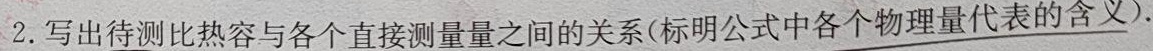
2. 写出待测比热容与各个直接测量量之间的关系(标明公式中各个物理量代表的含义).